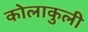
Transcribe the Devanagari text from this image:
कोलाकुली